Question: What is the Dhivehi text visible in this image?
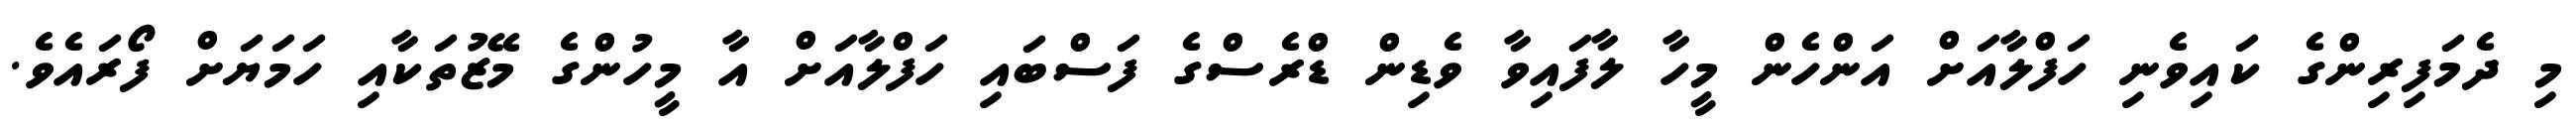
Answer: މި ދެމަފިރިންގެ ކައިވެނި ހަފްލާއަށް އަންހެން މީހާ ލާފައިވާ ވެޑިން ޑްރެސްގެ ފަސްބައި ހަފްލާއަށް އާ މީހުންގެ މޭޒުތަކާއި ހަމަޔަށް ފޯރައެވެ.